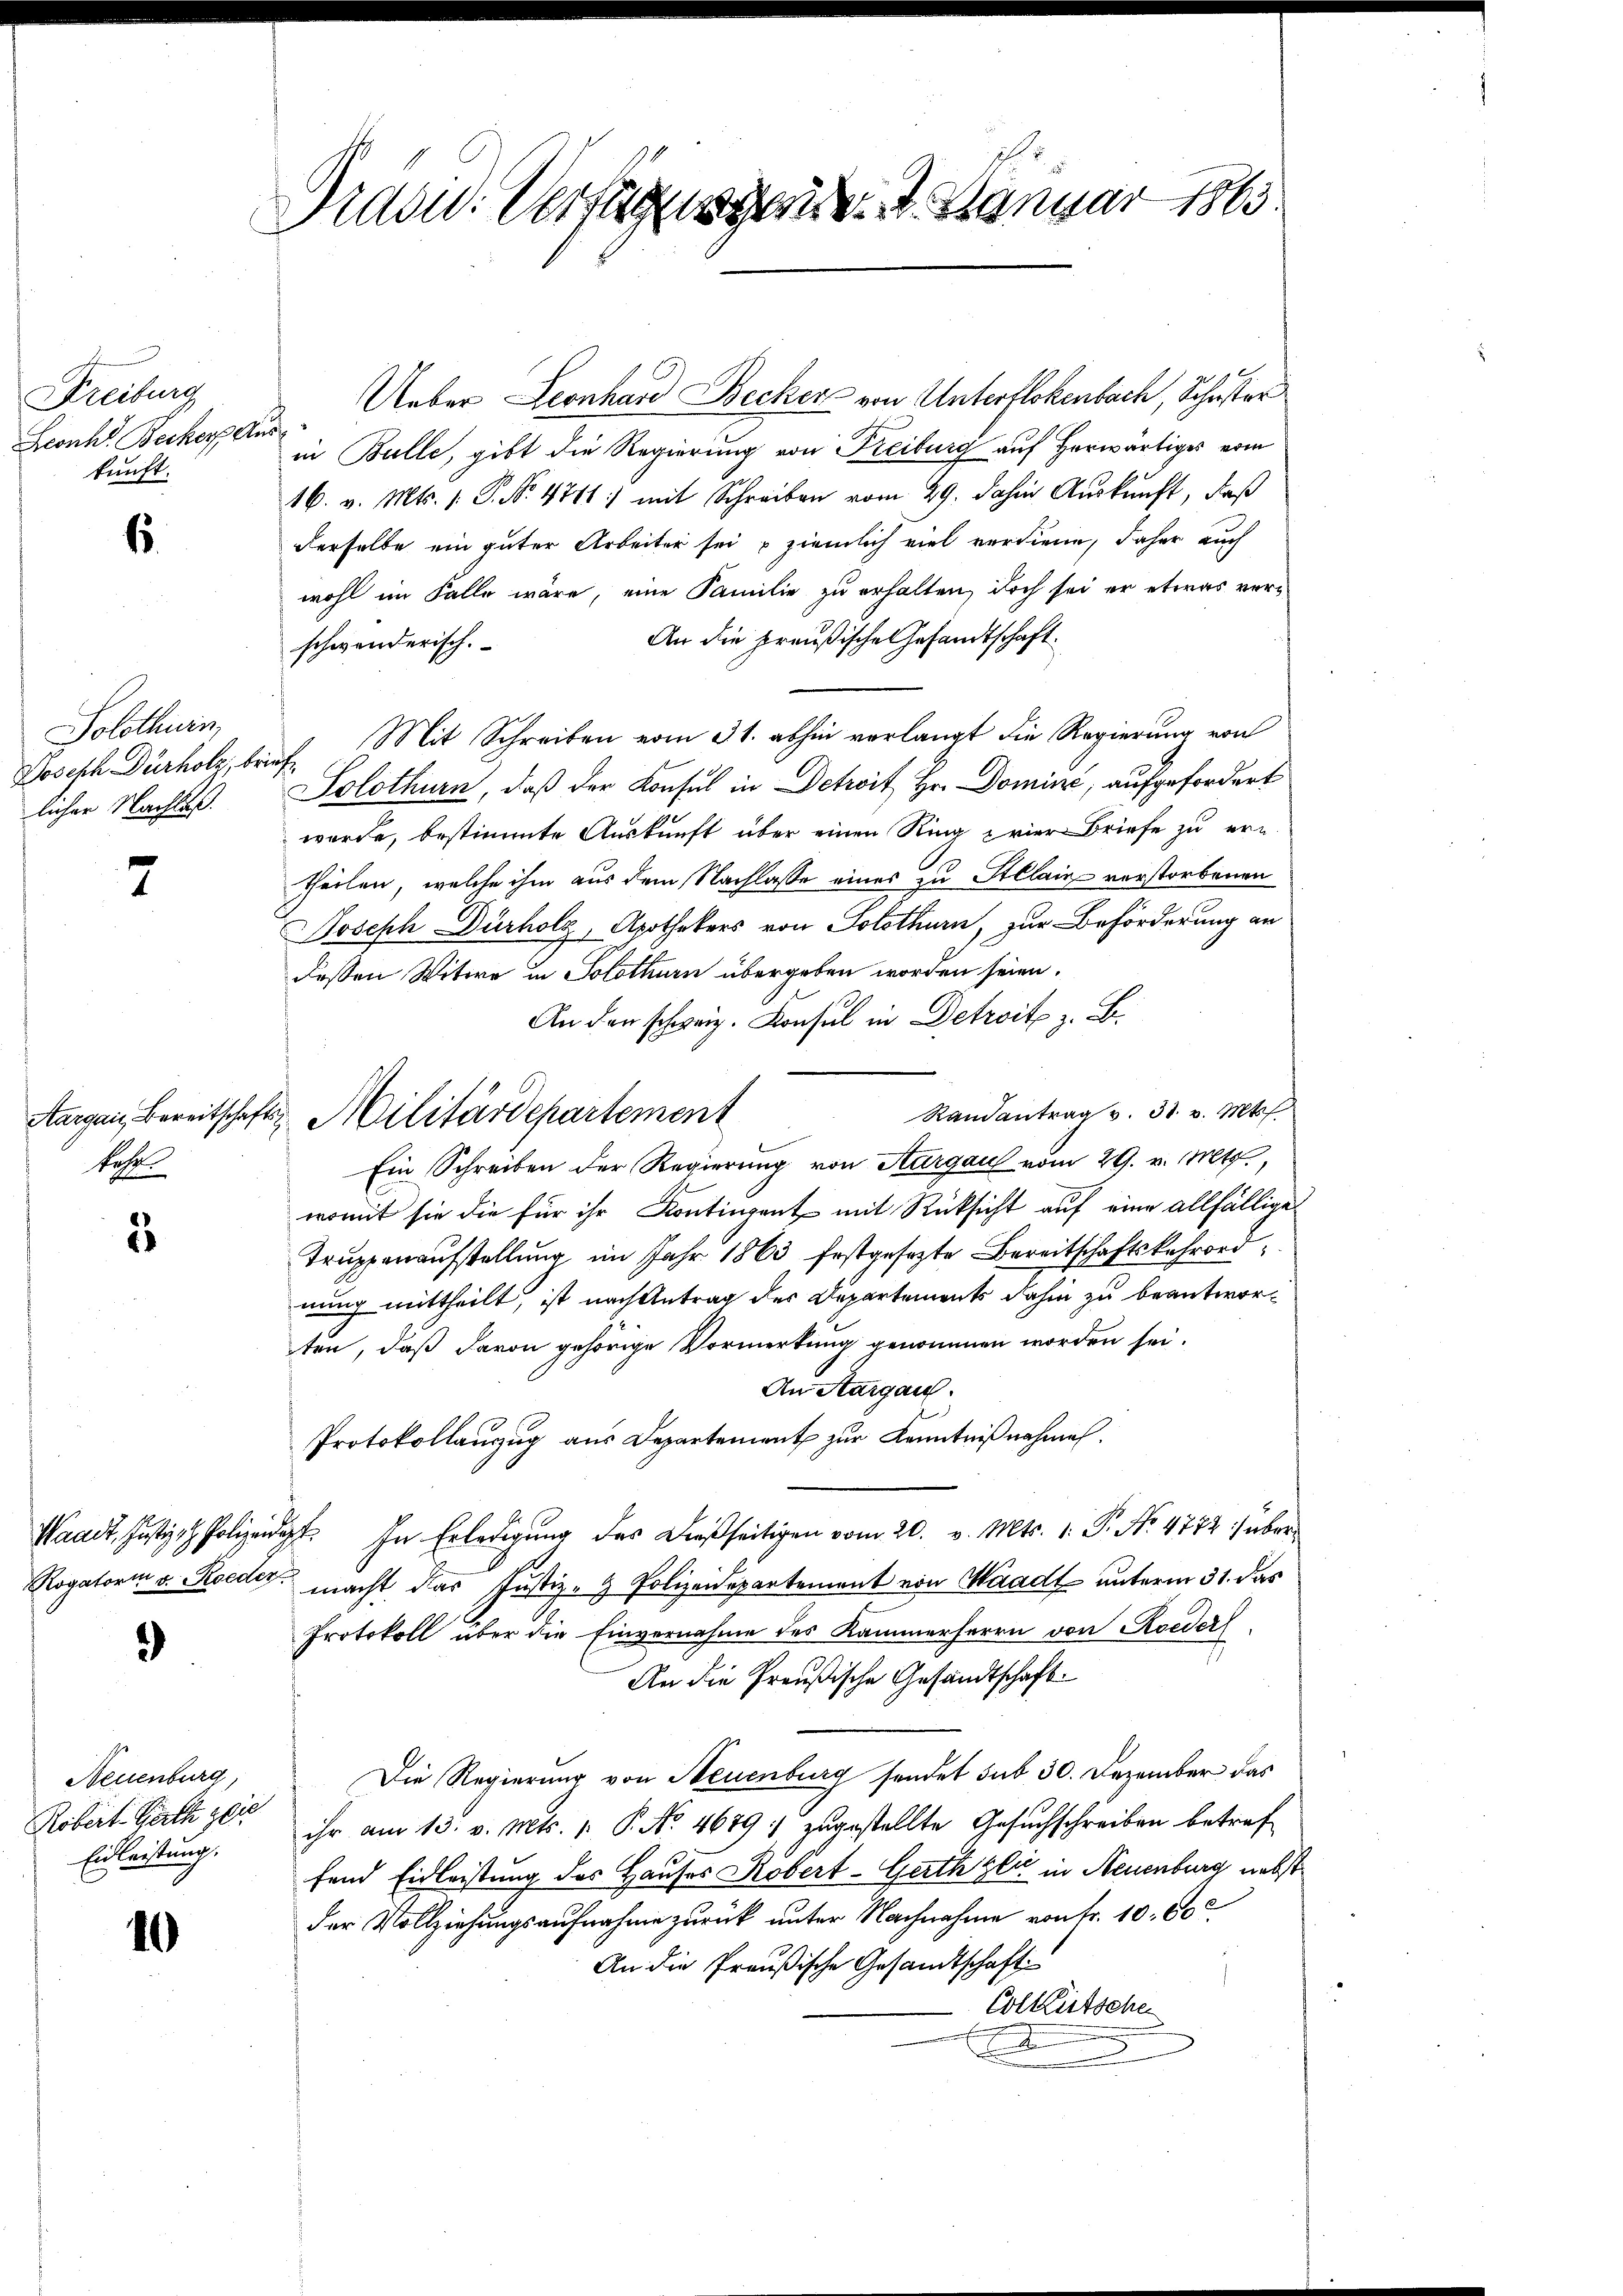
Kreiburg
Leonh" Becker Auskunft.

6

Solothurn,
licher Nachtes.

2

kos

5

Rogatori v. Roeder.

)

Neuenburg,
Röbert. Garth zei
Eidleistung.

10

Didon. Verfüge 4. Januar 1863

Ueber Leonhard Becker von Unterflokenbach, Schuster
in Bulle, gibt die Regierung von Freiburg auf herwärtiges vom
16. v. Mts. 1. P. Nr. 4741:) mit Schreiben vom 29. dahin Auskunft, daß
derselbe ein guter Arbeiter sei u ziemlich viel verdiene, daher auch
wohl im Falle wäre, eine Familie zu erhalten, doch sei er etwas ver¬
An die preußische Gesandtschaft.
schwenderisch.
Joseph Dürholz, brief. Mit Schreiben vom 31. abhin verlangt die Regierung von
Solothurn, daß der Konsul in Detroit Hr. Domine, aufgefordert
wurde, bestimmte Auskunft über einen Ring prier Briefe zu ern
theilen, welche ihm aus dem Nachlasse eines zu Stllain verstorbenen
Joseph Dürholz, Apothekers von Solothurn, zur Beförderung an
deßen Witwe in Solothurn übergeben worden seien.
An den schweiz. Konsul in Detroits z. B.
Randantrag v. 31. v. Mts.
Ein Schreiben der Regierung von Aargau vom 29. v. Mts.,
womit sie die für ihr Kontingent mit Rücksicht auf eine allfällige
Truppenaufstellung im Jahr 1863 festgesezte Bereitschaftskehrordnung mittheilt, ist nach Antrag des Departements dahin zu beantworten, daß davon gehörige Vormerkung genommen worden sei.
An Aargau.
Protokollanzug aus Departement zur Kenntnißnahmen.
Waadt, Justiz. Polizeidet. In Erledigung des Dießseitigen vom 20. v. Mts. 1. P. Nr. 4772) übermacht das Justiz- & Polizeidepartement von Waadt unterm 31. das
Protokoll über die Einvernahme des Kammerherrn von Roeder
An die Preußische Gesandtschaft.
Die Regierung von Neuenburg sendet sub 30. Dezember das
ihr am 13. v. Mts. 1. P. Nr. 4679 : zugestellte Gesuchschreiben betref
fend Eidleistung des Hauses Robert-Gerth Gli in Neuenburg nebst
der Vollziehungsaufnahme zurück unter Nachnahme von Fr. 10. 60
An die Preußische Gesandtschaft
Colkutsche
x

Aargau, Bereitschafts Militärdepartement